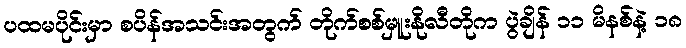
ပထမပိုင်းမှာ စပိန်အသင်းအတွက် တိုက်စစ်မှူးနိုလီတိုက ပွဲချိန် ၁၁ မိနစ်နဲ့ ၁၈